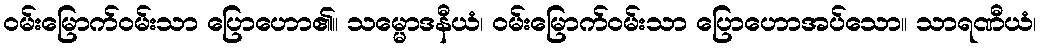
ဝမ်းမြောက်ဝမ်းသာ ပြောဟော၏။ သမ္မောဒနီယံ၊ ဝမ်းမြောက်ဝမ်းသာ ပြောဟောအပ်သော။ သာရဏီယံ၊